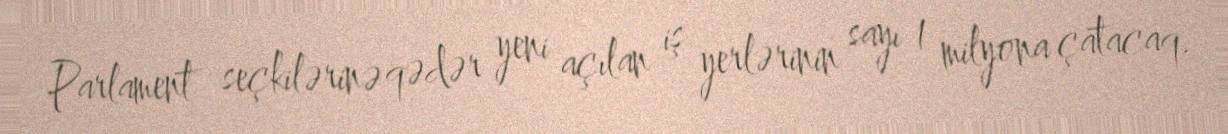
Parlament seçkilərinə qədər yeni açılan iş yerlərinin sayı 1 milyona çatacaq.